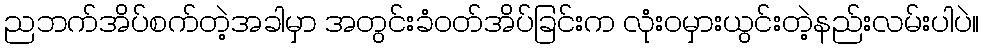
ညဘက်အိပ်စက်တဲ့အခါမှာ အတွင်းခံဝတ်အိပ်ခြင်းက လုံးဝမှားယွင်းတဲ့နည်းလမ်းပါပဲ။